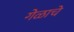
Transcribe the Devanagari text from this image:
गेळाचे